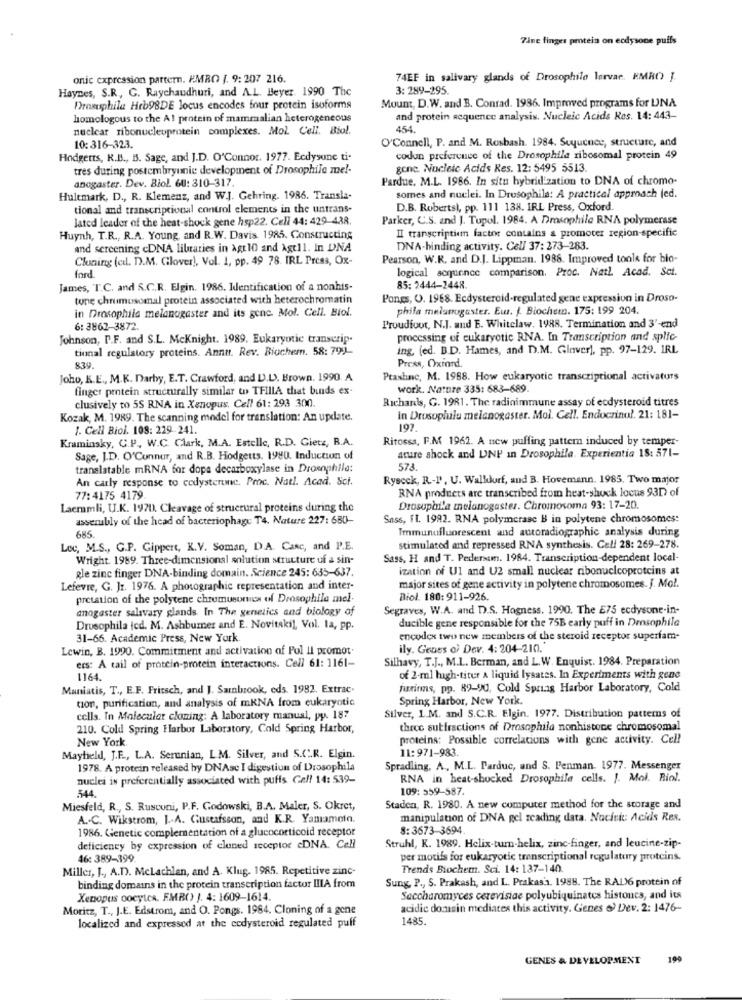
7ine finger protein on ecdysone puffs
onic expression pattern. PMRO J. 9: 207 216.
74EF in salivary glands of Drosophile lervar. HMRO J.
Haynes, S.R, C. Raychaudhuri, and A.L. Beyer. 1990 The
3: 289-295.
Mount, D.W. and B. Conrad. 1986. Improved programs for UNA
Drosuphila Hrb98DE locus encodes four protein isoforma
homologous to the A1 protein of mammalian heterogeneous
and protein sequence analysis. Nucleic Acids Res. 14: 443-
nuclear ribonucleuprotein complexes. Mol Cell. Biol.
454.
O'Connell, P. and M. Rosbash. 1984. Suyucnce, structure, and
10: 316-323.
Hodgetts, K.B ., B. Sage, and J.D. O'Connor. 1977. Ecdysune ti-
codon preference of the Drosophile ribosomal protein 49
tres during postembryunie development of Drosophila mel-
gone. Nucleic Acids Res. 12: 5495 5513.
anogaster. Dev. Biol. 60: 310-317.
Pardue, M.L. 1986. In situ hybridl'zation to DNA of chromo-
Hultmark, D ., R. Klemenz, and W.J. Gehring. 1986. Transla-
somes and nuclei. In Drosophila: A practical approach (ed.
tional and transcriptional control elements in the untrans-
D.B. Robertsl, pp. 111 138. IRL Press, Oxford.
Jated leader of the heat-shock gene hsp22. Cell 44: 429-438.
Parker, C.S. and J. Tupol. 1984. A Drosophile RNA polymerase
II transcription factor contains & promoter region-specific
Huynh, T.R ., R.A. Young, and R.W. Davis. 1985. Constructing
and screening cDNA libraries in Agt10 and Agt11. In DNA
DNA-binding activity. Cel/ 37: 273-283.
Cloning (cdl. D.M. Glover !, Vol. 1, pp. 49 78. IRL Press, Ox-
Pearson, W.R. and D.J. Lippman. 1988. Improved tools for bio-
logical scrjunnce comparison. Proc. Natl Acad. Set.
ford
James, T.C. and S.C.R. Elgin. 1986. Identification of a nonhis-
85: 2444-2448.
tone chrumusomal protein associated with heterochromatin
Pongs, O. 1968. Ecdysteroid-regulated gene expression in Droso-
in Drosophila melanogaster and its gone. Mol. Cell. Biol.
phila melanogaster. Eur. J. Biochemn. 175: 199 204.
6:3862-3872
Proudfoot, N.J. and E. Whitelaw. 1988. Termination and 3'-end
Johnson, P.F. and S.L. Mcknight. 1989. Eukaryotic transcrip.
processing of eukaryotic RNA. In Transcription and splic-
tinnal regulatory proteins. Annu. Rev. Biochem. 58: 799_
ing, (ed. B.D. Hames, and D.M. Glover), pp. 97-129. IRL
839
Press, Oxford.
Joho, K.E ., M.K. Darby, E.T. Crawford, and D.L). Brown. 1990. A
Ptashnc, M. 1988. How eukaryotic transcriptional activaturs
finger protein structurally similar to TFIlIA that bunds ex-
work. Nature 335: 683-689
clusively to 5S RNA in Xenopus. Cell 61: 293 300
Richards, G. 1981. The radinimmune assay of ecdysteroid titres
Kozak, M. 1989. The scanning model for translation: An update.
in Drosophila melanogaster. Mol. Cell. Endocrinol. 21: 181-
. Cell Biol. 108: 229 241.
197.
Kraminsky, C.P. W.C. Clark, M.A. Estelle, R.D. Gietz, B.A.
Ritossa, F.M 1962. A new puffing pattern induced by temper-
Sage, J.D. O'Connur, and R.B. Hodgetts. 1980. Induction of
ature shock and UNP in Drosophila. Experientia 18: 571-
translatable mRNA for dopa decarboxylase in Drosophila:
573
An carly response to codysterune. Proc. Natl. Acad. Sci.
Ryscek, R .- I', U. Walldorf, and B. Hovemenn. 1985. Two major
RNA products are transcribed from heat-shuck locus 931 of
77:4175 4179
Laeramli, U.K. 1970. Cleavage of structural proteins during the
Drosophila melanogaster. Chromosoma 93: 17-20.
asserubly of the head of bacteriophage T4. Nature 227: 680-
Sass, 11. 1982. RNA polymerase B in polytene chromosomes:
Immunufluorescent and autoradiographic analysis during
685.
Loc, M.S ., G.P. Gippert, K.V. Soman, D.A. Canc, and P.E.
stimulated and repressed RNA synthesis. Cell 28: 269-278.
Wright. 1989. Three-dimensional solution structure of a sin-
Sass, H and T. Pedersim. 1984. Transcription-dependent local-
gle zinc finger DNA-binding domain. Science 245: 635-637.
ization of Ul and U2 small nuclear ribonuelcoproteins at
Lefevre, G. Jz. 1976. A photographic representation and inter-
major sites of gene activity in polytene chromosomes. J. Mol.
pretation of the polytene chromusunuen off Drosophila mel-
Biol. 180: 911-926.
anogaster salavary glands. In The genetics and biology of
Segraves, W.A. and D.S. Hogness. 1990. The E75 ecdysone-in-
ducible gene responsible for the 75B early puff in Drosophile
Drosophila icd. M. Ashburner and E. Novitakil, Vol. 1a, pp.
31-66. Academic Press, New York.
encodex two new members of the steroid receptor superfam-
Lewin, B. 1990. Commitment and activation of Pol Il promot
ily. Gruss o' Dev. 4: 204-210.
ers: A tail of protein-protein interactions. Cell 61: 1161-
Silhavy, T.J ., M.L. Berman, and L.W. Enquist. 1984. Preparation
1164.
of 2-ml high-titer A liquid lysates. In Experiments with gene
Maniatis, T ., E.F. Fritsch, and J. Sambrook, eds. 1982. Extrac.
furinns, pp. 89-90, Cold Spring Harbor Laboratory, Cold
tion, purification, and analysis of mRNA from eukaryotic
Spring Harbor, New York.
cells. In Molecular cloning: A laboratory manual, py. 187
Silver, L.M. and S.C.R. Elgin. 1977. Distribution patterns of
210. Cold Spring Harbor Laboratory, Cold Spring Harbor,
three sutfractions of Drosophila nonhistone chromosomal
New York
proteins: Possible correlations with gene activity. Cell
11:971-983.
Mayfield, J.F ., L.A. Serunian, L.M. Silver, and S.C.R. Elgin.
1978. A protein released by DNAse I digestion of Drosophila
Spradling, A ., M.L. Parduc, and S. Penman. 1977. Messenger
nuclei is preferentially associated with puffs Gell 14: 539-
RNA in heat-shocked Drosophile cells. J. Mol. Riol.
544.
109: 559-587.
Miesfeld, R ., S. Rusconi, P.F. Godowski, B.A. Maler, S. Okret,
Staden, R. 1980. A new computer method for the storage and
A .- C. Wikstrom, J .- A. Gustafsson, and K.R. Yamamoto.
manipulation of DNA gel reading data. Nacitit: Acids Res.
1986. Genetic complementation of a glucocorticoid receptor
8: 3673-3694.
Struhl, K. 1989. Helix-turn-helix, zinc-finger, and leucine-zip-
deficiency by expression of cloned acceptor cDNA. Cell
46: 389-399
per motifs for eukaryotic transcriptional regulatory proteins.
Miller, [ ., A.D. Mclachlan, and A. Klug- 1985. Repetitive zinc-
Trends Biochem. Sci. 14: 137-140
Sung, P ., S. Prakash, and L. Prakas's. 1988. The RAL)6 protein of
binding domains in the protein transcription factor IIIA from
Xenopus oocytes. EMB() J. 4: 1609-1614
Saccharomyces cerevisiae polyubiquinates histones, and its
Moritz, T ., J.E. Edstrom, and O. Pongs. 1984. Cloning of a gene
acidic domusin mediates this activity. Genes 6 Dev. 2: 1476-
1485.
localized and expressed at the codysteroid regulated puff
GENES & DEVELOPMENT
199